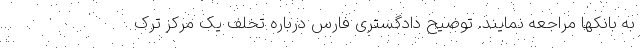
به بانکها مراجعه نمایند. توضیح دادگستری فارس درباره تخلف یک مرکز ترک